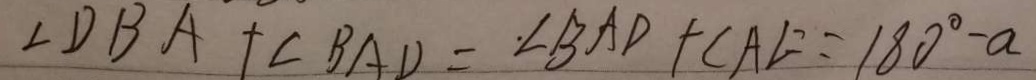
\angle D B A + \angle B A D = \angle B A D + \angle A E = 1 8 0 ^ { \circ } - a